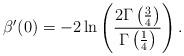
LaTeX: \begin{align*}\beta^{\prime}(0) = -2\ln\left(\frac{2\Gamma\left(\frac{3}{4}\right)}{\Gamma\left(\frac{1}{4}\right)}\right).\end{align*}